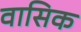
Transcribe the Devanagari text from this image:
वासिक